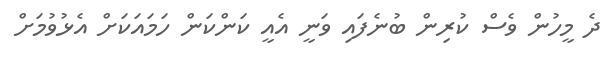
ދެ މީހުން ވެސް ކުރިން ބުނެފައި ވަނީ އެއީ ކަންކަން ހަމައަކަށް އެޅުވުމަށް